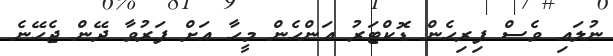
ނުލައި ވެސް ފިރިހެން ޑޮކްޓަރު އަންހެން މީހާ އަށް ފަރުވާ ދޭން ޖެހޭނެ